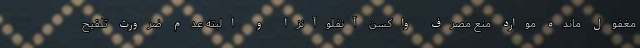
مغفول مانده موارد منع مصرف واکسن آنفلوآنزا و البته عدم ضرورت تلقیح